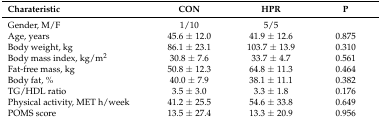
<table><thead><tr><td><b>Charateristic</b></td><td><b>CON</b></td><td><b>HPR</b></td><td><b>P</b></td></tr></thead><tbody><tr><td>Gender, M/F</td><td>1/10</td><td>5/5</td><td></td></tr><tr><td>Age, years</td><td>45.6 ± 12.0</td><td>41.9 ± 12.6</td><td>0.875</td></tr><tr><td>Body weight, kg</td><td>86.1 ± 23.1</td><td>103.7 ± 13.9</td><td>0.310</td></tr><tr><td>Body mass index, kg/m<sup>2</sup></td><td>30.8 ± 7.6</td><td>33.7 ± 4.7</td><td>0.561</td></tr><tr><td>Fat-free mass, kg</td><td>50.8 ± 12.3</td><td>64.8 ± 11.3</td><td>0.464</td></tr><tr><td>Body fat, %</td><td>40.0 ± 7.9</td><td>38.1 ± 11.1</td><td>0.382</td></tr><tr><td>TG/HDL ratio</td><td>3.5 ± 3.0</td><td>3.3 ± 1.8</td><td>0.176</td></tr><tr><td>Physical activity, MET h/week</td><td>41.2 ± 25.5</td><td>54.6 ± 33.8</td><td>0.649</td></tr><tr><td>POMS score</td><td>13.5 ± 27.4</td><td>13.3 ± 20.9</td><td>0.956</td></tr></tbody></table>